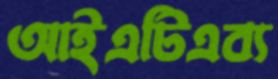
আইএটিএব্য